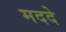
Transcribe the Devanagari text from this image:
मददे